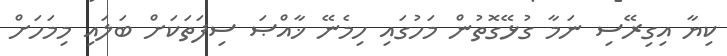
ކިޔާ އިގިރޭސި ނަމާ ގުޅޭގޮތުން މަހުގައި ހިމެނޭ ޚާއްޞަ ސިފަތަކަށް ބަލައި މިމަހަށް